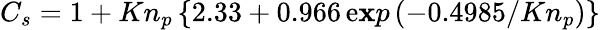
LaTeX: C_{s}=1+Kn_{p}\left\{ 2.33+0.966\, \mathrm{e}\mathbf{x}p\left(-0.4985/Kn_{p}\right)\right\}